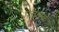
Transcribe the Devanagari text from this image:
पत्तलक